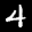
Label: 4